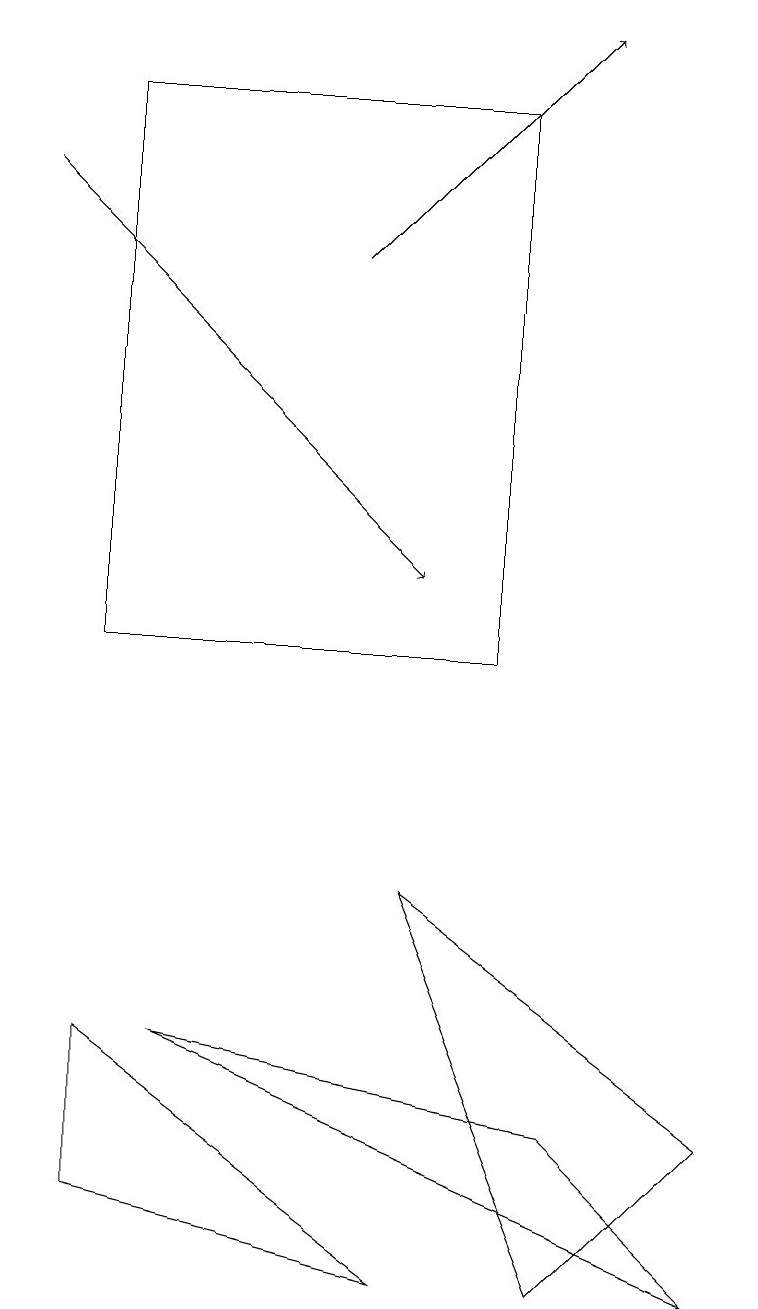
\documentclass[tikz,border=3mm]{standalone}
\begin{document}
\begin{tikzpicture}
\draw (6,10) rectangle (1,17);
\draw (7,2) -- (9,4) -- (5,7) -- cycle;
\draw (9,2) -- (2,5) -- (7,4) -- cycle;
\draw (5,2) -- (1,5) -- (1,3) -- cycle;
\draw[->] (4,15) -- (7,18);
\draw[->] (0,16) -- (5,11);
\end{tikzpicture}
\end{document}